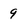
Character: 9